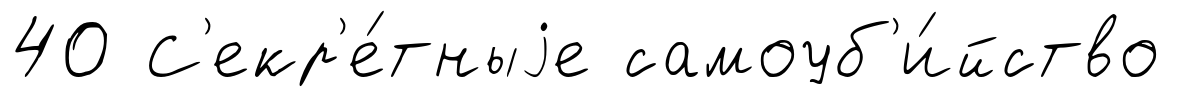
40 С'екр'е́тныjе самоуб'и́йство